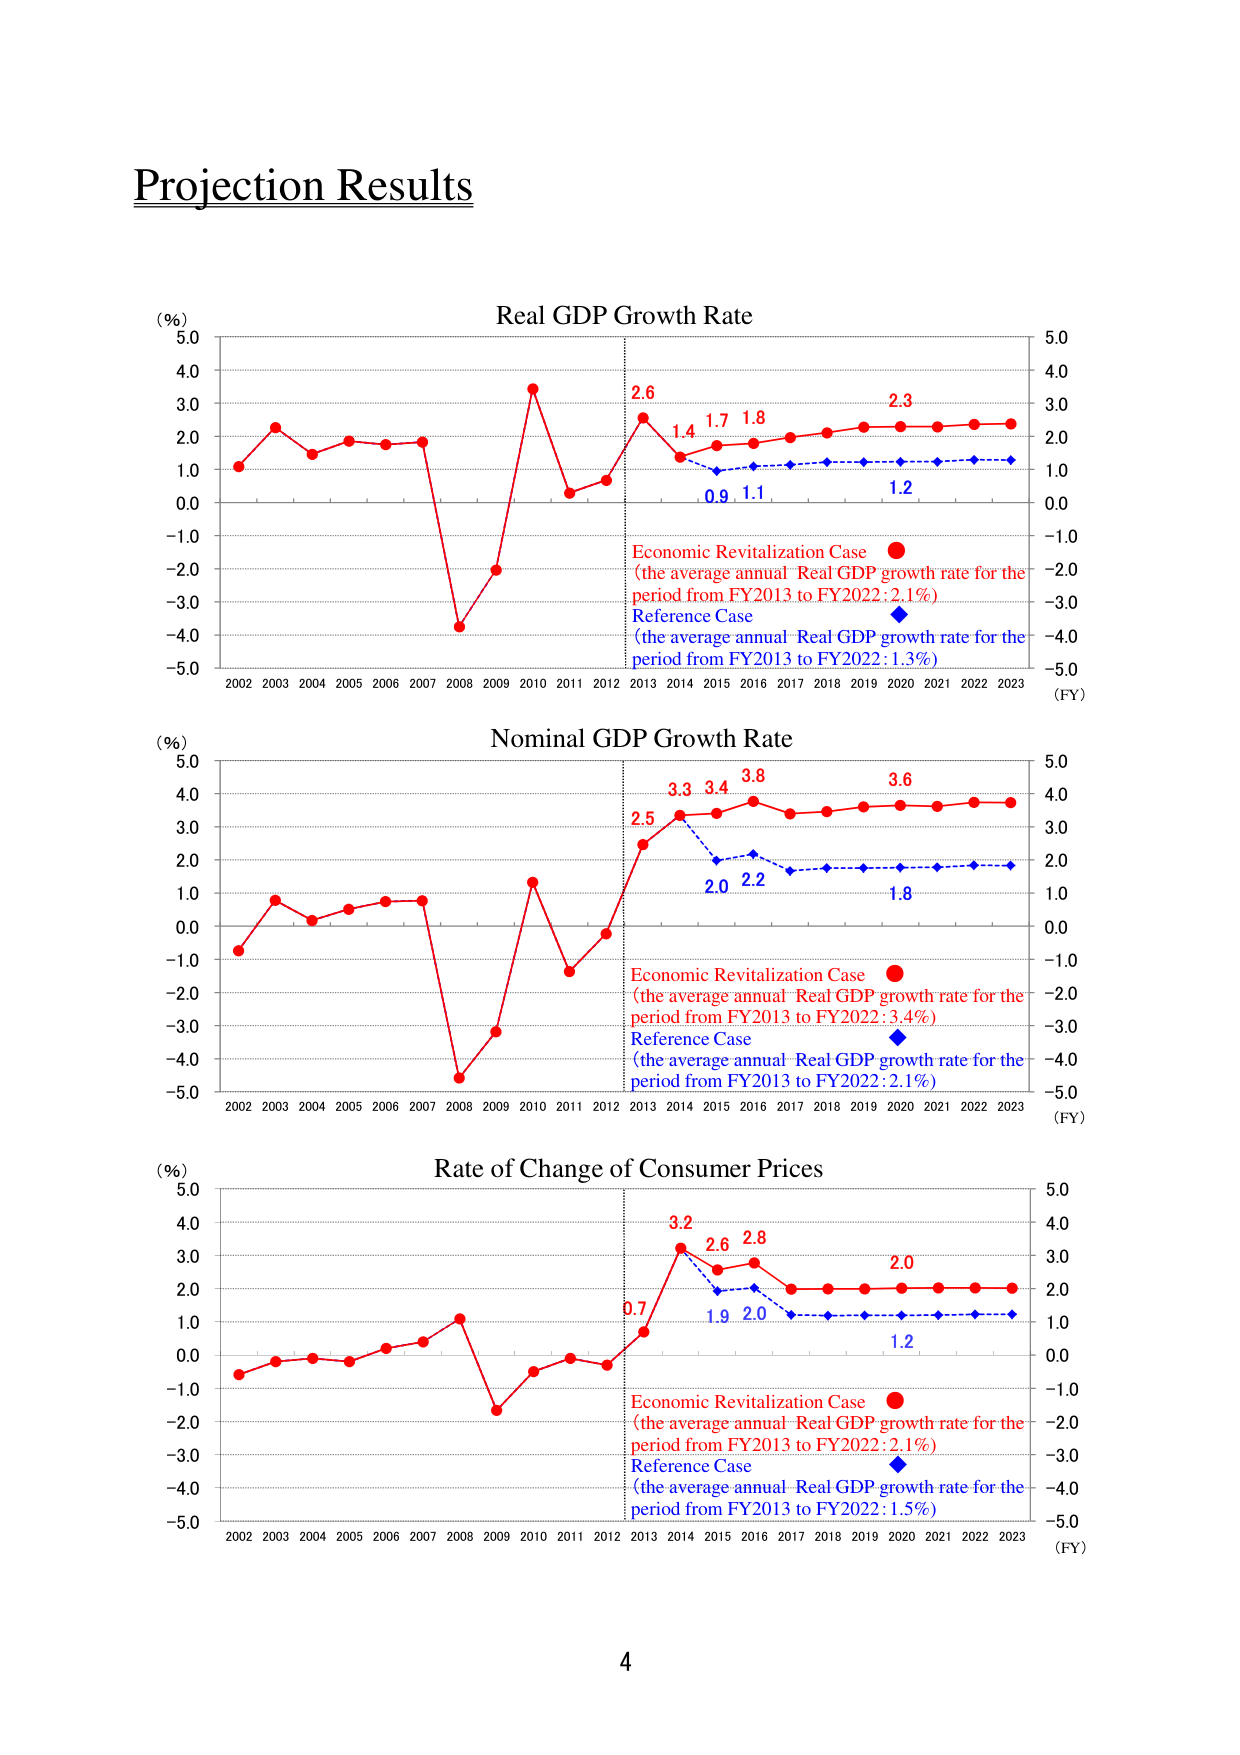
Projection Results

Real GDP Growth Rate
(%) 5.0
4.0
3.0
2.0
1.0
0.0
-1.0
-2.0
-3.0
-4.0
-5.0
2002 2003 2004 2005 2006 2007 2008 2009 2010 2011 2012 2013 2014 2015 2016 2017 2018 2019 2020 2021 2022 2023
(FY)
2.6
1.4
1.7
1.8
2.3
0.9
1.1
1.2
Economic Revitalization Case ●
(the average annual Real GDP growth rate for the period from FY2013 to FY2022: 2.1%)
Reference Case ◆
(the average annual Real GDP growth rate for the period from FY2013 to FY2022: 1.3%)

Nominal GDP Growth Rate
(%) 5.0
4.0
3.0
2.0
1.0
0.0
-1.0
-2.0
-3.0
-4.0
-5.0
2002 2003 2004 2005 2006 2007 2008 2009 2010 2011 2012 2013 2014 2015 2016 2017 2018 2019 2020 2021 2022 2023
(FY)
2.5
3.3
3.4
3.8
3.6
2.0
2.2
1.8
Economic Revitalization Case ●
(the average annual Real GDP growth rate for the period from FY2013 to FY2022: 3.4%)
Reference Case ◆
(the average annual Real GDP growth rate for the period from FY2013 to FY2022: 2.1%)

Rate of Change of Consumer Prices
(%) 5.0
4.0
3.0
2.0
1.0
0.0
-1.0
-2.0
-3.0
-4.0
-5.0
2002 2003 2004 2005 2006 2007 2008 2009 2010 2011 2012 2013 2014 2015 2016 2017 2018 2019 2020 2021 2022 2023
(FY)
0.7
3.2
2.6
2.8
2.0
1.9
2.0
1.2
Economic Revitalization Case ●
(the average annual Real GDP growth rate for the period from FY2013 to FY2022: 2.1%)
Reference Case ◆
(the average annual Real GDP growth rate for the period from FY2013 to FY2022: 1.5%)

4